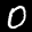
Label: 0